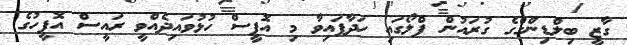
ގާޒީ ބިލްޑިންގްގެ ގުރައުންް ފްލޯގައި ހަދާފައިވާ މި އޮފީސް ހުޅުވައިދެއްވީ ރައީސް އޮފީހުގެ